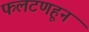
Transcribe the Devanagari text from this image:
फलटणहून